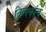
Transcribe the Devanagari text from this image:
तिलकांचे